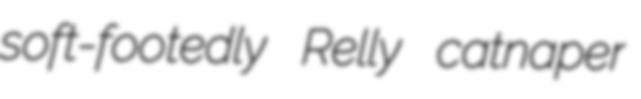
soft-footedly Relly catnaper